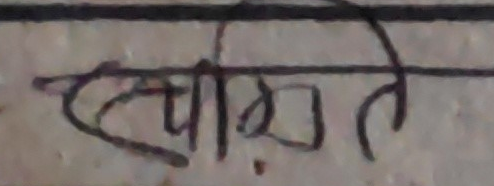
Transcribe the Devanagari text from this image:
स्थापित